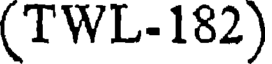
(TWL-182)